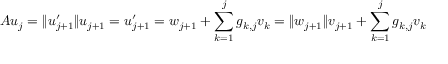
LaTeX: A u _ { j } = \| u _ { j + 1 } ^ { \prime } \| u _ { j + 1 } = u _ { j + 1 } ^ { \prime } = w _ { j + 1 } + \sum _ { k = 1 } ^ { j } g _ { k , j } v _ { k } = \| w _ { j + 1 } \| v _ { j + 1 } + \sum _ { k = 1 } ^ { j } g _ { k , j } v _ { k }